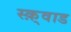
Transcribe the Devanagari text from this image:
स्क़्वाड